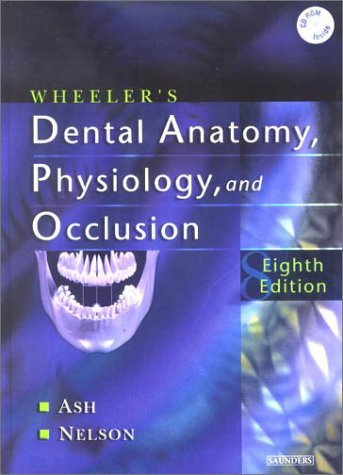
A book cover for By Major M. Ash Jr. - Wheeler's Dental Anatomy, Physiology and Occlusion: 8th (eigth) Edition; Stanley J. Nelson Major M. Ash Jr.; Medical Books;